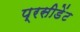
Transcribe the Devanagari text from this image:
प्रसीडेंट